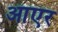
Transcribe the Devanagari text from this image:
आएर